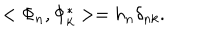
< \Phi _ { n } , \Phi _ { k } ^ { * } > = h _ { n } \delta _ { n k } .